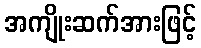
အကျိုးဆက်အားဖြင့်